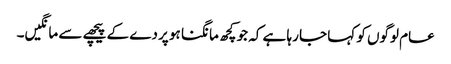
عام لوگوں کو کہا جا رہا ہے کہ جو کچھ مانگنا ہو پردے کے پیچھے سے مانگیں۔